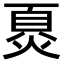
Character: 𬊪